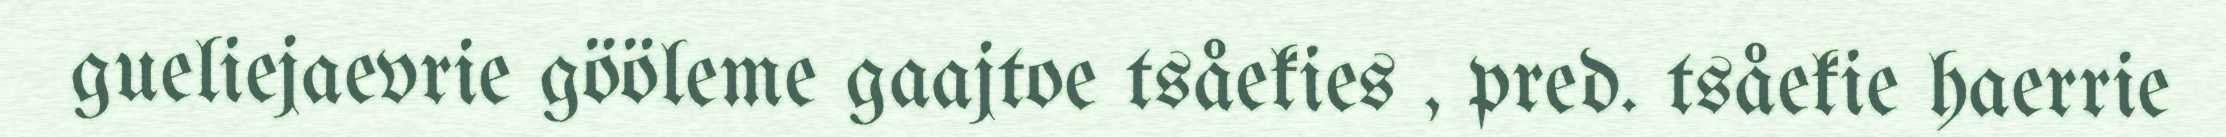
gueliejaevrie gööleme gaajtoe tsåekies , pred. tsåekie haerrie